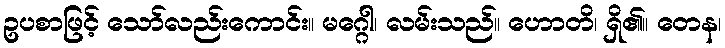
ဥပစာဖြင့် သော်လည်းကောင်း။ မဂ္ဂေါ၊ လမ်းသည်။ ဟောတိ၊ ရှိ၏။ တေန၊